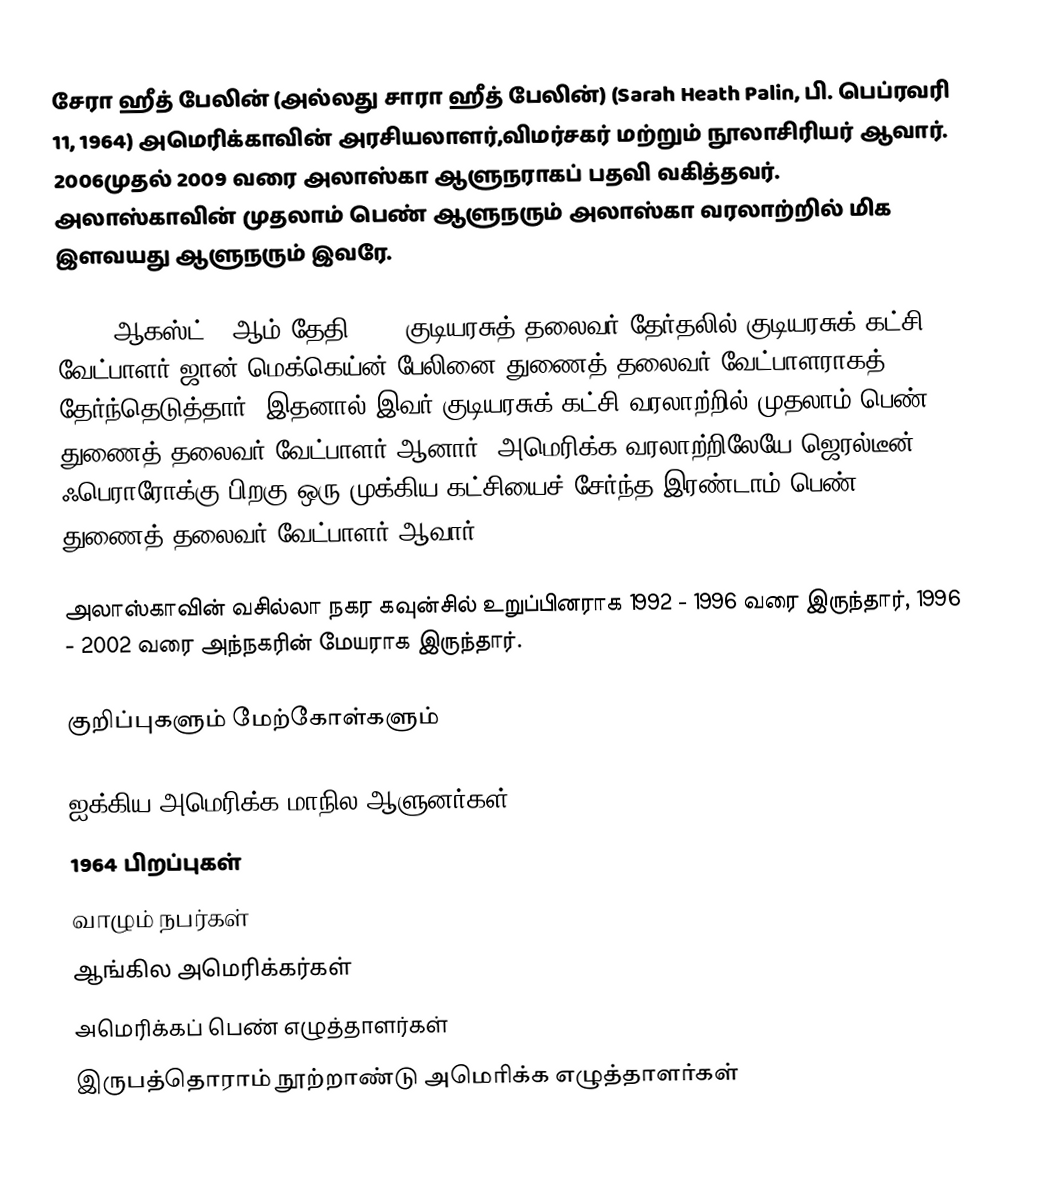
சேரா ஹீத் பேலின் (அல்லது சாரா ஹீத் பேலின்) (Sarah Heath Palin, பி. பெப்ரவரி 11, 1964) அமெரிக்காவின் அரசியலாளர்,விமர்சகர் மற்றும் நூலாசிரியர் ஆவார். 2006முதல் 2009 வரை அலாஸ்கா ஆளுநராகப் பதவி வகித்தவர். அலாஸ்காவின் முதலாம் பெண் ஆளுநரும் அலாஸ்கா வரலாற்றில் மிக இளவயது ஆளுநரும் இவரே.

2008, ஆகஸ்ட் 29ஆம் தேதி 2008 குடியரசுத் தலைவர் தேர்தலில் குடியரசுக் கட்சி வேட்பாளர் ஜான் மெக்கெய்ன் பேலினை துணைத் தலைவர் வேட்பாளராகத் தேர்ந்தெடுத்தார். இதனால் இவர் குடியரசுக் கட்சி வரலாற்றில் முதலாம் பெண் துணைத் தலைவர் வேட்பாளர் ஆனார். அமெரிக்க வரலாற்றிலேயே ஜெரல்டீன் ஃபெராரோக்கு பிறகு ஒரு முக்கிய கட்சியைச் சேர்ந்த இரண்டாம் பெண் துணைத் தலைவர் வேட்பாளர் ஆவார்.

அலாஸ்காவின் வசில்லா நகர கவுன்சில் உறுப்பினராக 1992 - 1996 வரை இருந்தார், 1996 - 2002 வரை அந்நகரின் மேயராக இருந்தார்.

குறிப்புகளும் மேற்கோள்களும்

ஐக்கிய அமெரிக்க மாநில ஆளுனர்கள்
1964 பிறப்புகள்
வாழும் நபர்கள்
ஆங்கில அமெரிக்கர்கள்
அமெரிக்கப் பெண் எழுத்தாளர்கள்
இருபத்தொராம் நூற்றாண்டு அமெரிக்க எழுத்தாளர்கள்